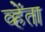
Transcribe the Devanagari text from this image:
व्हेंता